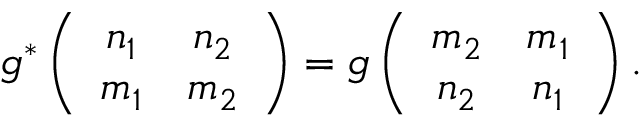
g ^ { * } \left( \begin{array} { c c } { { n _ { 1 } } } & { { n _ { 2 } } } \\ { { m _ { 1 } } } & { { m _ { 2 } } } \end{array} \right) = g \left( \begin{array} { c c } { { m _ { 2 } } } & { { m _ { 1 } } } \\ { { n _ { 2 } } } & { { n _ { 1 } } } \end{array} \right) .